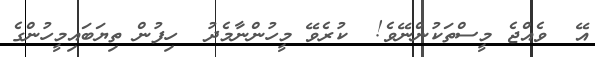
އޭ  ވެއްޖެ މީސްތަކުންނޭވެ!  ކުރެވޭ މީހުންނާމެދު  ހިފުން ތިޔަބައިމީހުންގެ